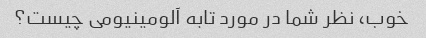
خوب، نظر شما در مورد تابه آلومینیومی چیست؟